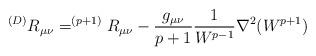
LaTeX: \begin{align*}^{(D)}R_{\mu \nu}=^{(p+1)}R_{\mu \nu} -{g_{\mu \nu} \over p+1} { 1 \over W^{p-1}} \nabla ^2 (W^{p+1})\end{align*}